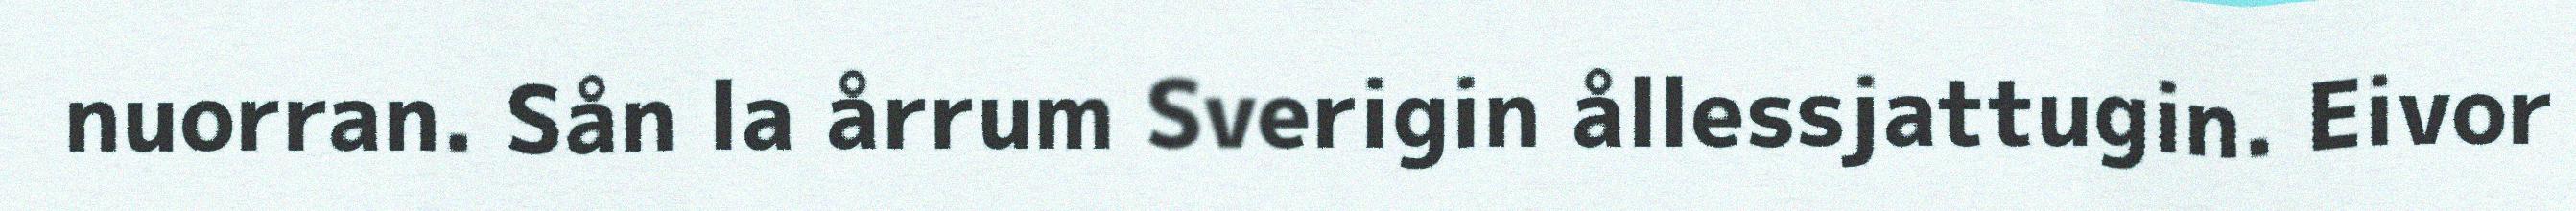
nuorran. Sån la årrum Sverigin ållessjattugin. Eivor